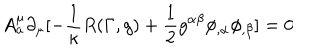
A _ { a } ^ { \mu } \partial _ { \mu } [ - \frac { 1 } { \kappa } R ( \Gamma , g ) + \frac { 1 } { 2 } g ^ { \alpha \beta } \phi _ { , \alpha } \phi _ { , \beta } ] = 0